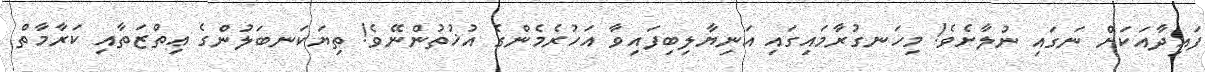
ފައިދާއަކަށް ނަގައި ނުލާށެވެ! މިހަނގުރާމައިގައި އަނިޔާލިބިފައިވާ އަހުރެމެންގެ އުޚުތުންނޭވެ! ތިޔަކަނބަލުންގެ ޢިތްޒަތާއި ކަރާމާތް